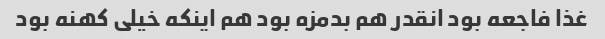
غذا فاجعه بود انقدر هم بدمزه بود هم اینکه خیلی کهنه بود